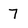
Character: 7